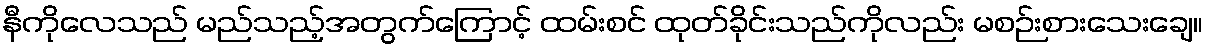
နီကိုလေသည် မည်သည့်အတွက်ကြောင့် ထမ်းစင် ထုတ်ခိုင်းသည်ကိုလည်း မစဉ်းစားသေးချေ။